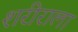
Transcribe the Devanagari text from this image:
शरीराला